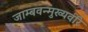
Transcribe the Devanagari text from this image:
जाम्बवन्मुख्यवीरै